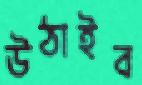
উঠাইব